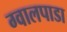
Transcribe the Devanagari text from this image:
ग्वालपाडा